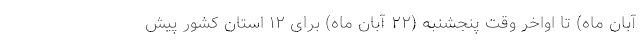
آبان ماه) تا اواخر وقت پنجشنبه (۲۲ آبان ماه) برای ۱۲ استان کشور پیش